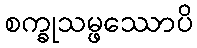
စက္ခုသမ္ဖဿောပိ